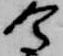
令